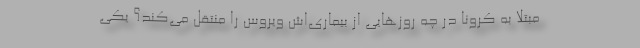
مبتلا به کرونا در چه روزهایی از بیماری‌اش ویروس را منتقل می‌کند؟ یکی